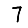
Digit: 7